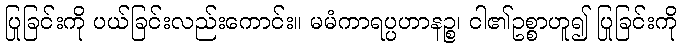
ပြုခြင်းကို ပယ်ခြင်းလည်းကောင်း။ မမံကာရပ္ပဟာနဉ္စ၊ ငါ၏ဥစ္စာဟူ၍ ပြုခြင်းကို